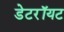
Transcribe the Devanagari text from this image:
डेटरॉयट